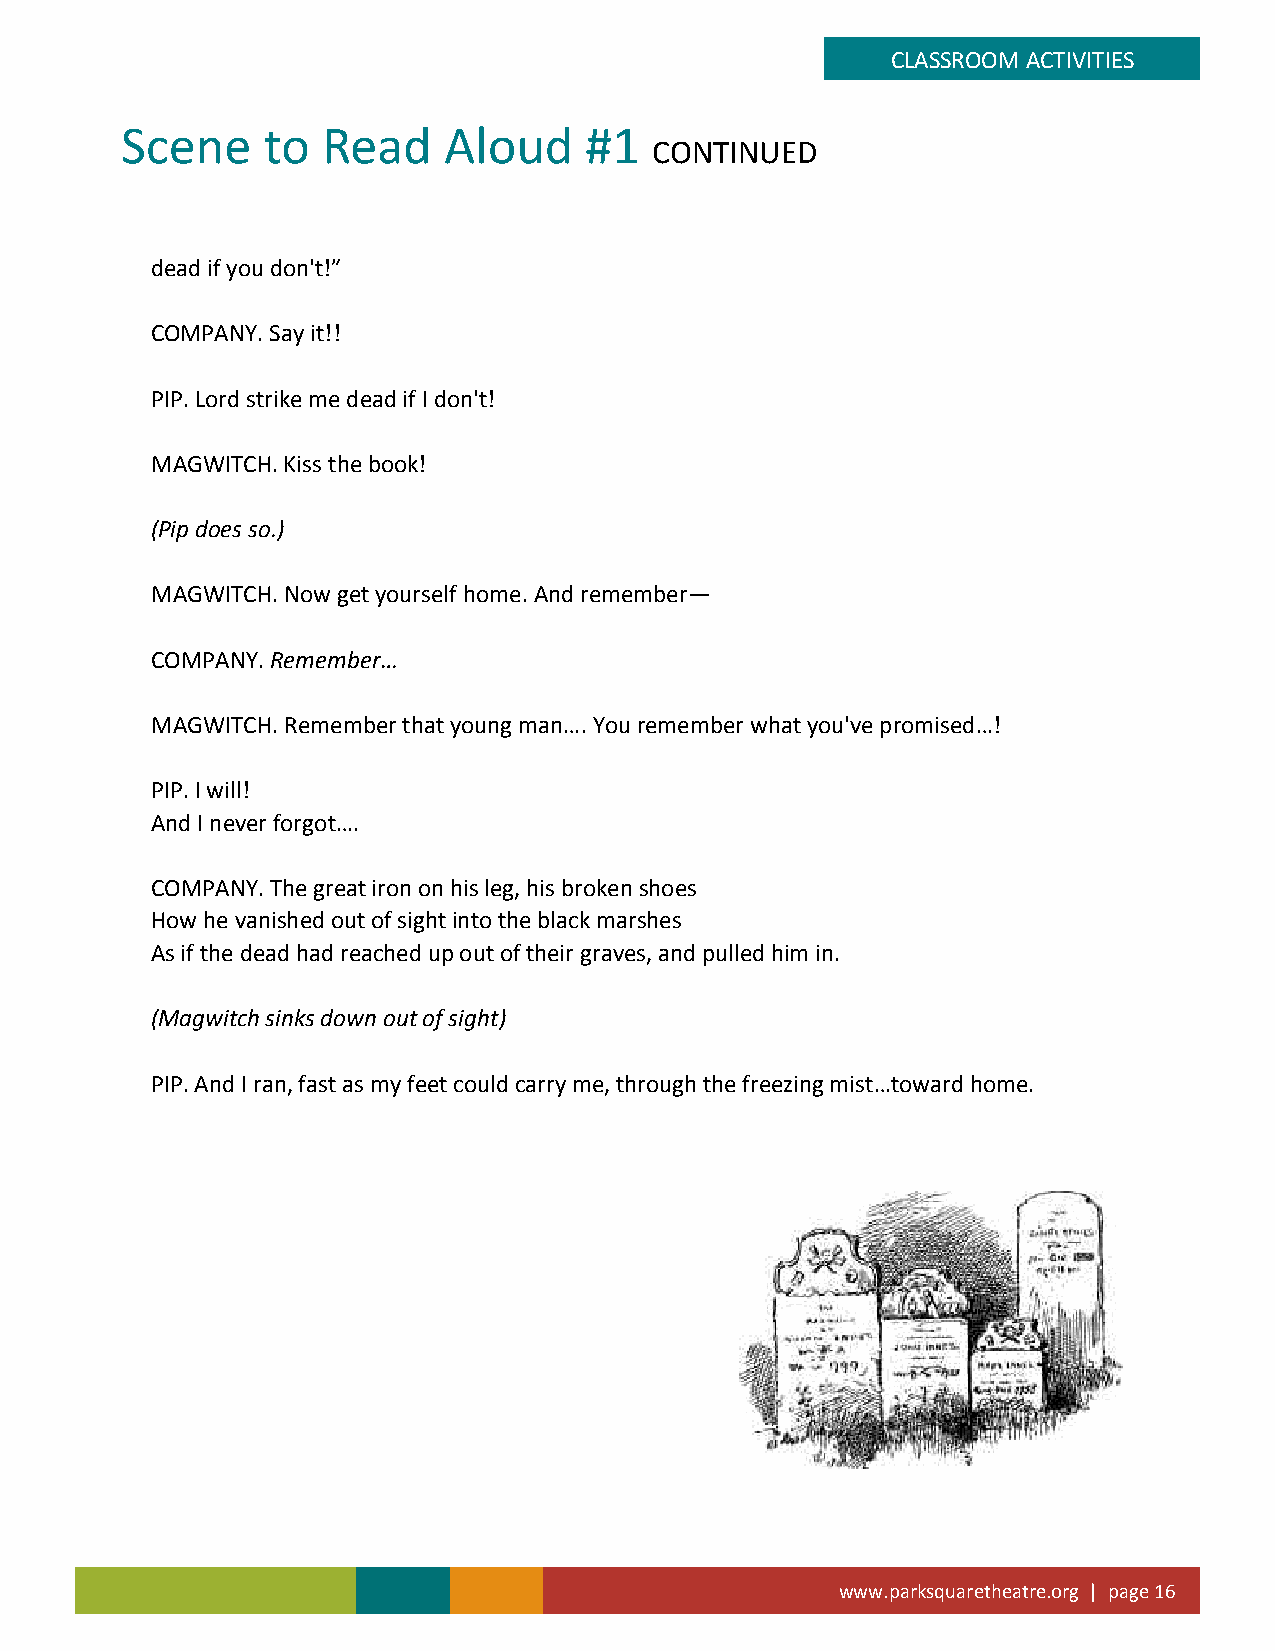
CLASSROOM ACTIVITIES
 Scene    to  Read    Aloud     #1
 CONTINUED
 dead if you don't!”
 COMPANY. Say it!!
 PIP. Lord strike me dead if I don't!
 MAGWITCH. Kiss the book!
 (Pip does so.)
 MAGWITCH. Now get yourself home. And remember—
 COMPANY. Remember…
 MAGWITCH. Remember that young man…. You remember what you've promised…!
 PIP. I will!
 And I never forgot….
 COMPANY. The great iron on his leg, his broken shoes
 How he vanished out of sight into the black marshes
 As if the dead had reached up out of their graves, and pulled him in.
 (Magwitch sinks down out of sight)
 PIP. And I ran, fast as my feet could carry me, through the freezing mist…toward home.
 www.parksquaretheatre.org | page 16